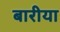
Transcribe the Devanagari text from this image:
बारीया